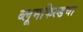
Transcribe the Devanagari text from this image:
ब्लूमफिल्डचा